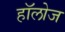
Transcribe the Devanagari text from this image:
हाॅलोज